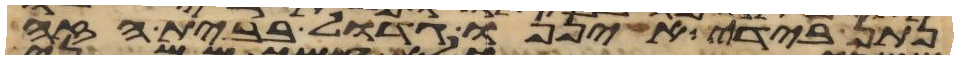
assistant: נתן בידי איננו גדול בבית הזה